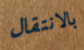
بالانتقال